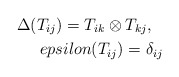
\begin{align*}\Delta (T_{ij})=T_{ik}\otimes T_{kj},\ \ \\epsilon (T_{ij})=\delta_{ij}\end{align*}